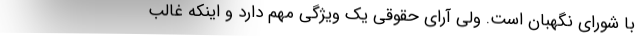
با شورای نگهبان است. ولی آرای حقوقی یک ویژگی مهم دارد و اینکه غالب